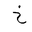
Letter: _kha